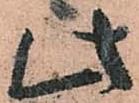
此